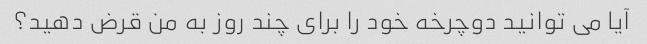
آیا می توانید دوچرخه خود را برای چند روز به من قرض دهید؟